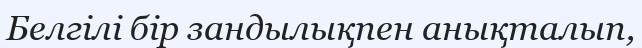
Белгілі бір зандылықпен анықталып,